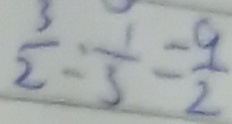
\frac { 3 } { 2 } : \frac { 1 } { 3 } = \frac { 9 } { 2 }